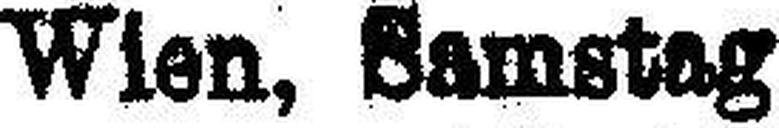
Wien, Samstag